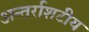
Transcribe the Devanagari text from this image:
अन्तर्राशटीय